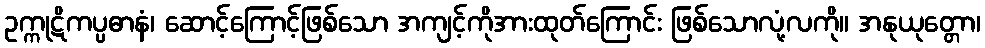
ဥက္ကုဋိကပ္ပဓာနံ၊ ဆောင့်ကြောင့်ဖြစ်သော အကျင့်ကိုအားထုတ်ကြောင်း ဖြစ်သောလုံ့လကို။ အနုယုတ္တော၊